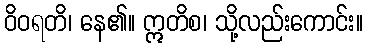
ဝိဝရတိ၊ နေ၏။ ဣတိစ၊ သို့လည်းကောင်း။